Report of the Imperial Institute of Veterinary Research, Muktesar
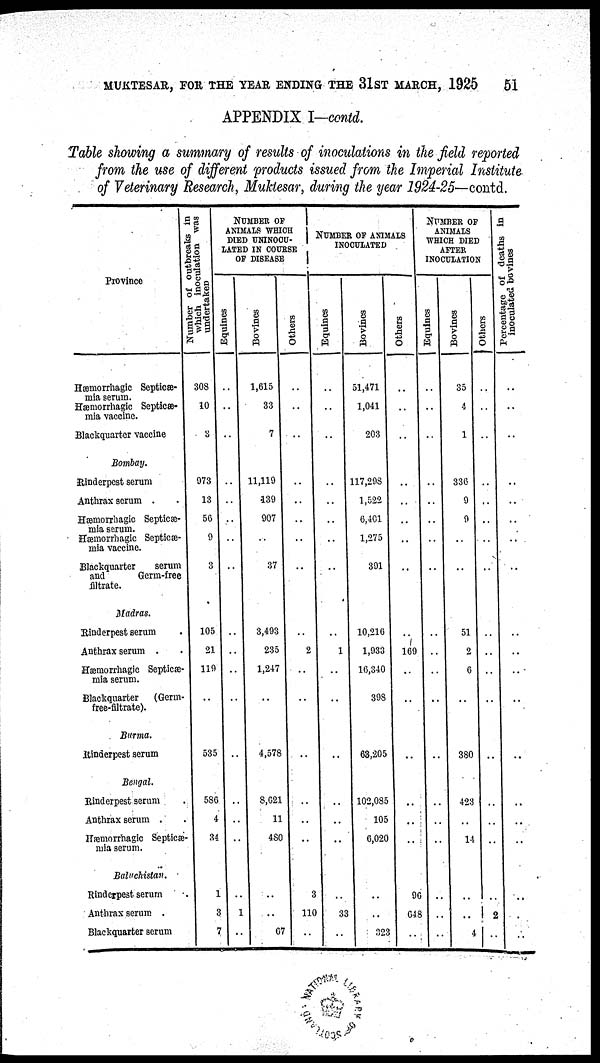
MUKTESAR, FOR THE YEAR ENDING THE 31ST MARCH, 1925
51
APPENDIX I-contd.
Table showing a summary of results of inoculations in the field reported
from the use of different products issued from the Imperial Institute
of Veterinary Research, Muktesar, during the year 1924-25— contd.
Province
Hæmorrhagic Septicæ-
mia serum.
Hæmorrhagic Septicæ-
mia vaccine.
Blackquarter vaccine
Bombay.
Rinderpest serum
Anthrax serum .
Hæmorrhagic Septiæ-
mia serum.
Hæmorrhagic Septicæ-
mia vaccine.
Blackquarter
serum
and
Germ-free
filtrate.
Madras.
Rinderpest serum
Anthrax serum .
Hæmorrhagic Septiæ-
mia serum.
Blackquarter
(Germ-
free-filtrate).
Burma.
Rinderpest serum
Bengal.
Rinderpest serum
Anthrax serum .
Hæmorrhagic Septiæ
mia serum.
Baluchistan.
Rinderpest serum
Anthrax serum .
Blackquarter serum
Number of outbreaks in
which inoculation was
undertaken
308
10
3
973
13
56
9
3
105
21
119
535
586
4
34
1
3
7
NUMBER OF
ANIMALS WHICH
DIED UNINOCU¬
LATED IN COURSE
OF DISEASE
Equines
..
..
..
..
..
..
..
..
..
..
..
...
..
..
..
..
1
..
Bovines
1,615
33
7
11,119
139
907
37
3,493
235
1,247
..
4,578
8,621
11
480
..
..
..
67
Others
..
..
..
..
..
..
..
..
..
2
..
..
..
..
..
..
3
110
..
NUMBER OF ANIMALS
INOCULATED
Equines
..
..
..
..
..
..
..
..
..
1
..
..
..
..
..
..
..
33
..
Bovines
51,471
1,041
203
117,298
1,522
6,401
1,275
391
10,216
1,933
16,340
398
63,205
102,085
105
6,020
..
..
..
323
Others
..
..
...
..
..
..
..
..
..
169
..
..
..
..
..
..
..
96
648
..
NUMBER OF
ANIMALS
WHICH DIED
AFTER
INOCULATION
Equines
..
..
..
..
..
..
..
..
..
..
..
..
..
..
..
..
..
..
..
..
Bovines
35
4
1
336
9
9
..
..
51
2
6
..
380
423
..
14
..
..
..
4
Others
..
..
..
..
..
..
..
..
..
..
..
..
..
..
..
..
..
2
..
Percentage of deaths in
inoculated bovines
..
..
..
..
..
..
..
..
..